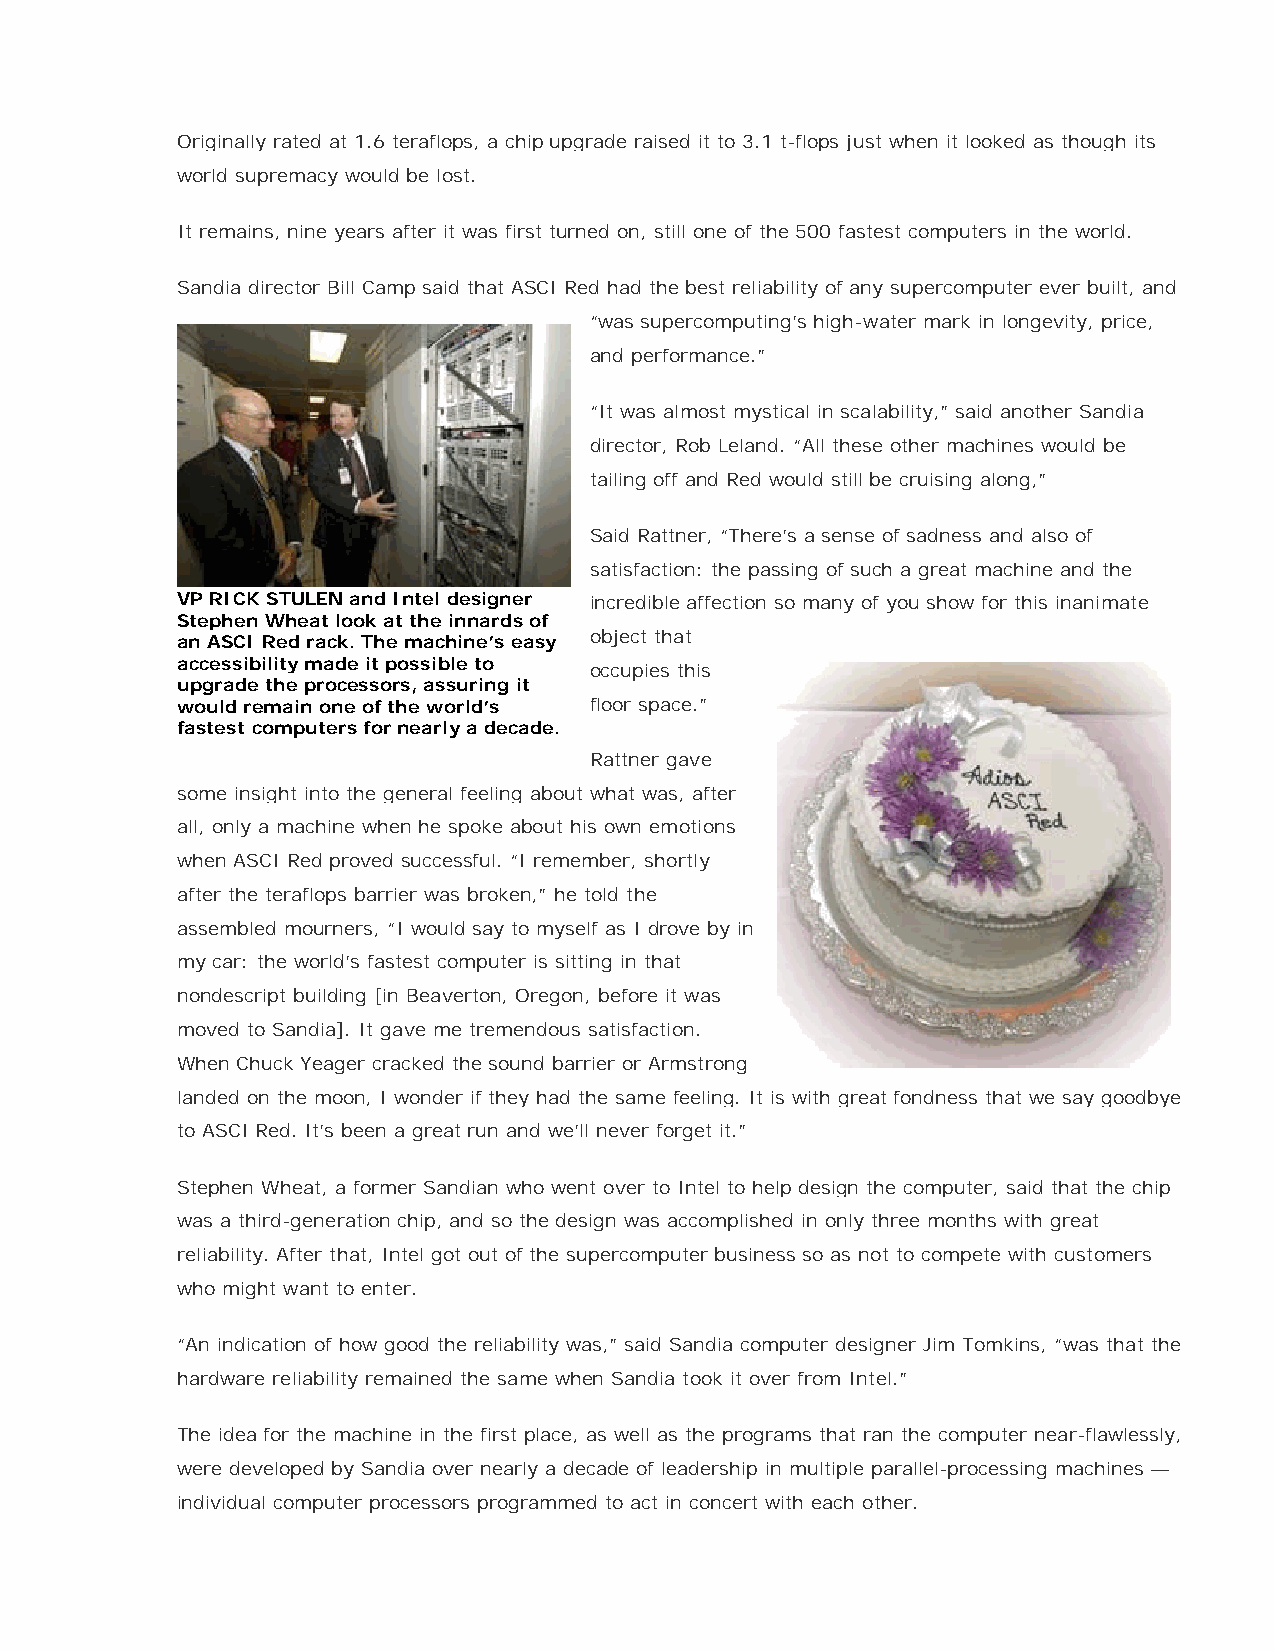
Originally rated at 1.6 teraflops, a chip upgrade raised it to 3.1 t-flops just when it looked as though its
 world supremacy would be lost.
 It remains, nine years after it was first turned on, still one of the 500 fastest computers in the world.
 Sandia director Bill Camp said that ASCI Red had the best reliability of any supercomputer ever built, and
 “was supercomputing’s high-water mark in longevity, price,
 and performance.”
 “It was almost mystical in scalability,” said another Sandia
 director, Rob Leland. “All these other machines would be
 tailing off and Red would still be cruising along,”
 Said Rattner, “There’s a sense of sadness and also of
 satisfaction: the passing of such a great machine and the
 VP RICK STULEN and Intel designer incredible affection so many of you show for this inanimate
 Stephen Wheat look at the innards of
 an ASCI Red rack. The machine’s easy object that
 accessibility made it possible to
 occupies this
 upgrade the processors, assuring it
 would remain one of the world’s floor space.”
 fastest computers for nearly a decade.
 Rattner gave
 some insight into the general feeling about what was, after
 all, only a machine when he spoke about his own emotions
 when ASCI Red proved successful. “I remember, shortly
 after the teraflops barrier was broken,” he told the
 assembled mourners, “I would say to myself as I drove by in
 my car: the world’s fastest computer is sitting in that
 nondescript building [in Beaverton, Oregon, before it was
 moved to Sandia]. It gave me tremendous satisfaction.
 When Chuck Yeager cracked the sound barrier or Armstrong
 landed on the moon, I wonder if they had the same feeling. It is with great fondness that we say goodbye
 to ASCI Red. It’s been a great run and we’ll never forget it.”
 Stephen Wheat, a former Sandian who went over to Intel to help design the computer, said that the chip
 was a third-generation chip, and so the design was accomplished in only three months with great
 reliability. After that, Intel got out of the supercomputer business so as not to compete with customers
 who might want to enter.
 “An indication of how good the reliability was,” said Sandia computer designer Jim Tomkins, “was that the
 hardware reliability remained the same when Sandia took it over from Intel.”
 The idea for the machine in the first place, as well as the programs that ran the computer near-flawlessly,
 were developed by Sandia over nearly a decade of leadership in multiple parallel-processing machines —
 individual computer processors programmed to act in concert with each other.